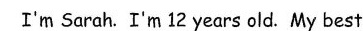
I'm Sarah.I'm 12 years old.My best